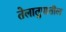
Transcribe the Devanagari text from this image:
तेलातुपातील